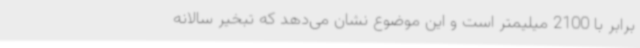
برابر با 2100 میلیمتر است و این موضوع نشان می‌دهد که تبخیر سالانه